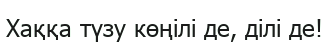
Хаққа түзу көңілі де, ділі де!